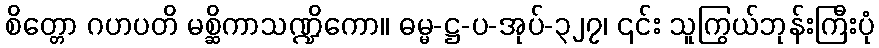
စိတ္တော ဂဟပတိ မစ္ဆိကာသဏ္ဍိကော။ ဓမ္မ-ဋ္ဌ-ပ-အုပ်-၃၂၇၊ ၎င်း သူကြွယ်ဘုန်းကြီးပုံ